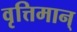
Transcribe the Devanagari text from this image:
वृत्तिमान्‌